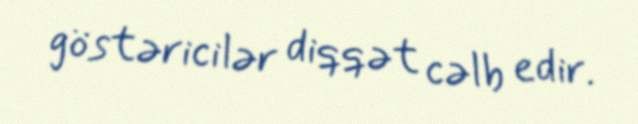
göstəricilər diqqət cəlb edir.